Bréfritari: Sigríður Pálsdóttir
Viðtakandi: Páll Pálsson
Dagsetning: A-1863-01-14
Skrifað á: Breiðabólsstað  Rang.
Páll var bróðir Sigríðar

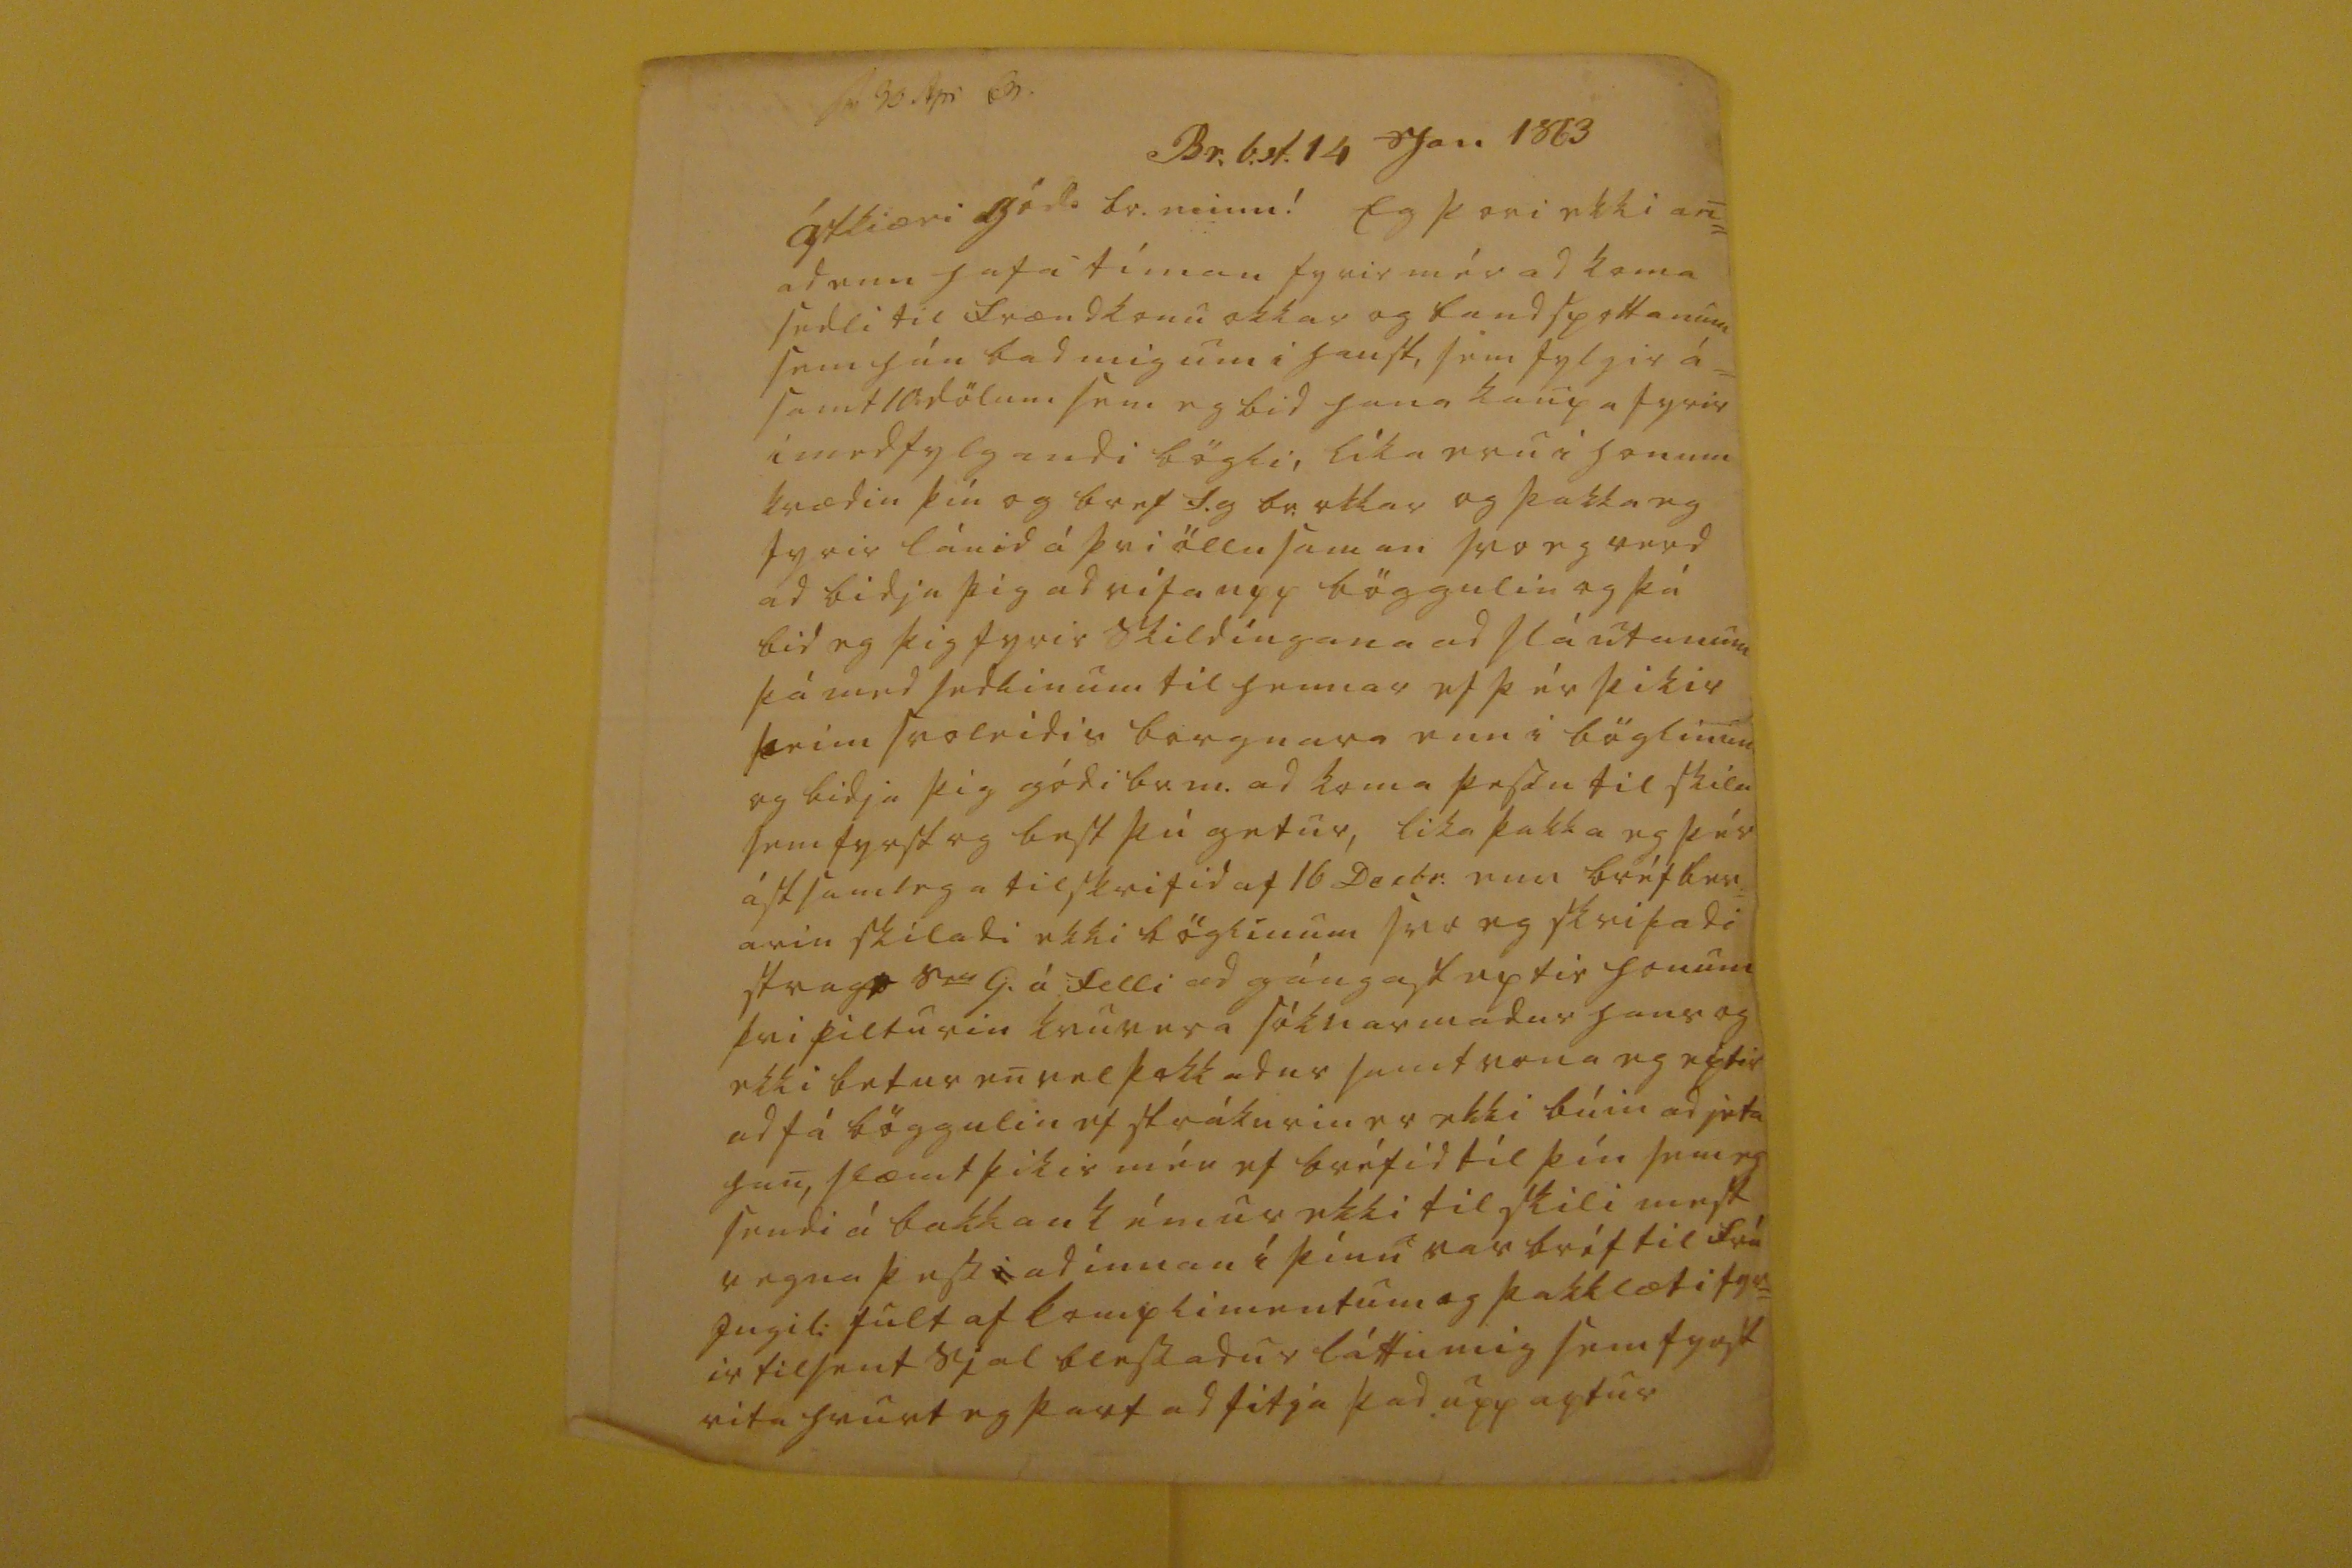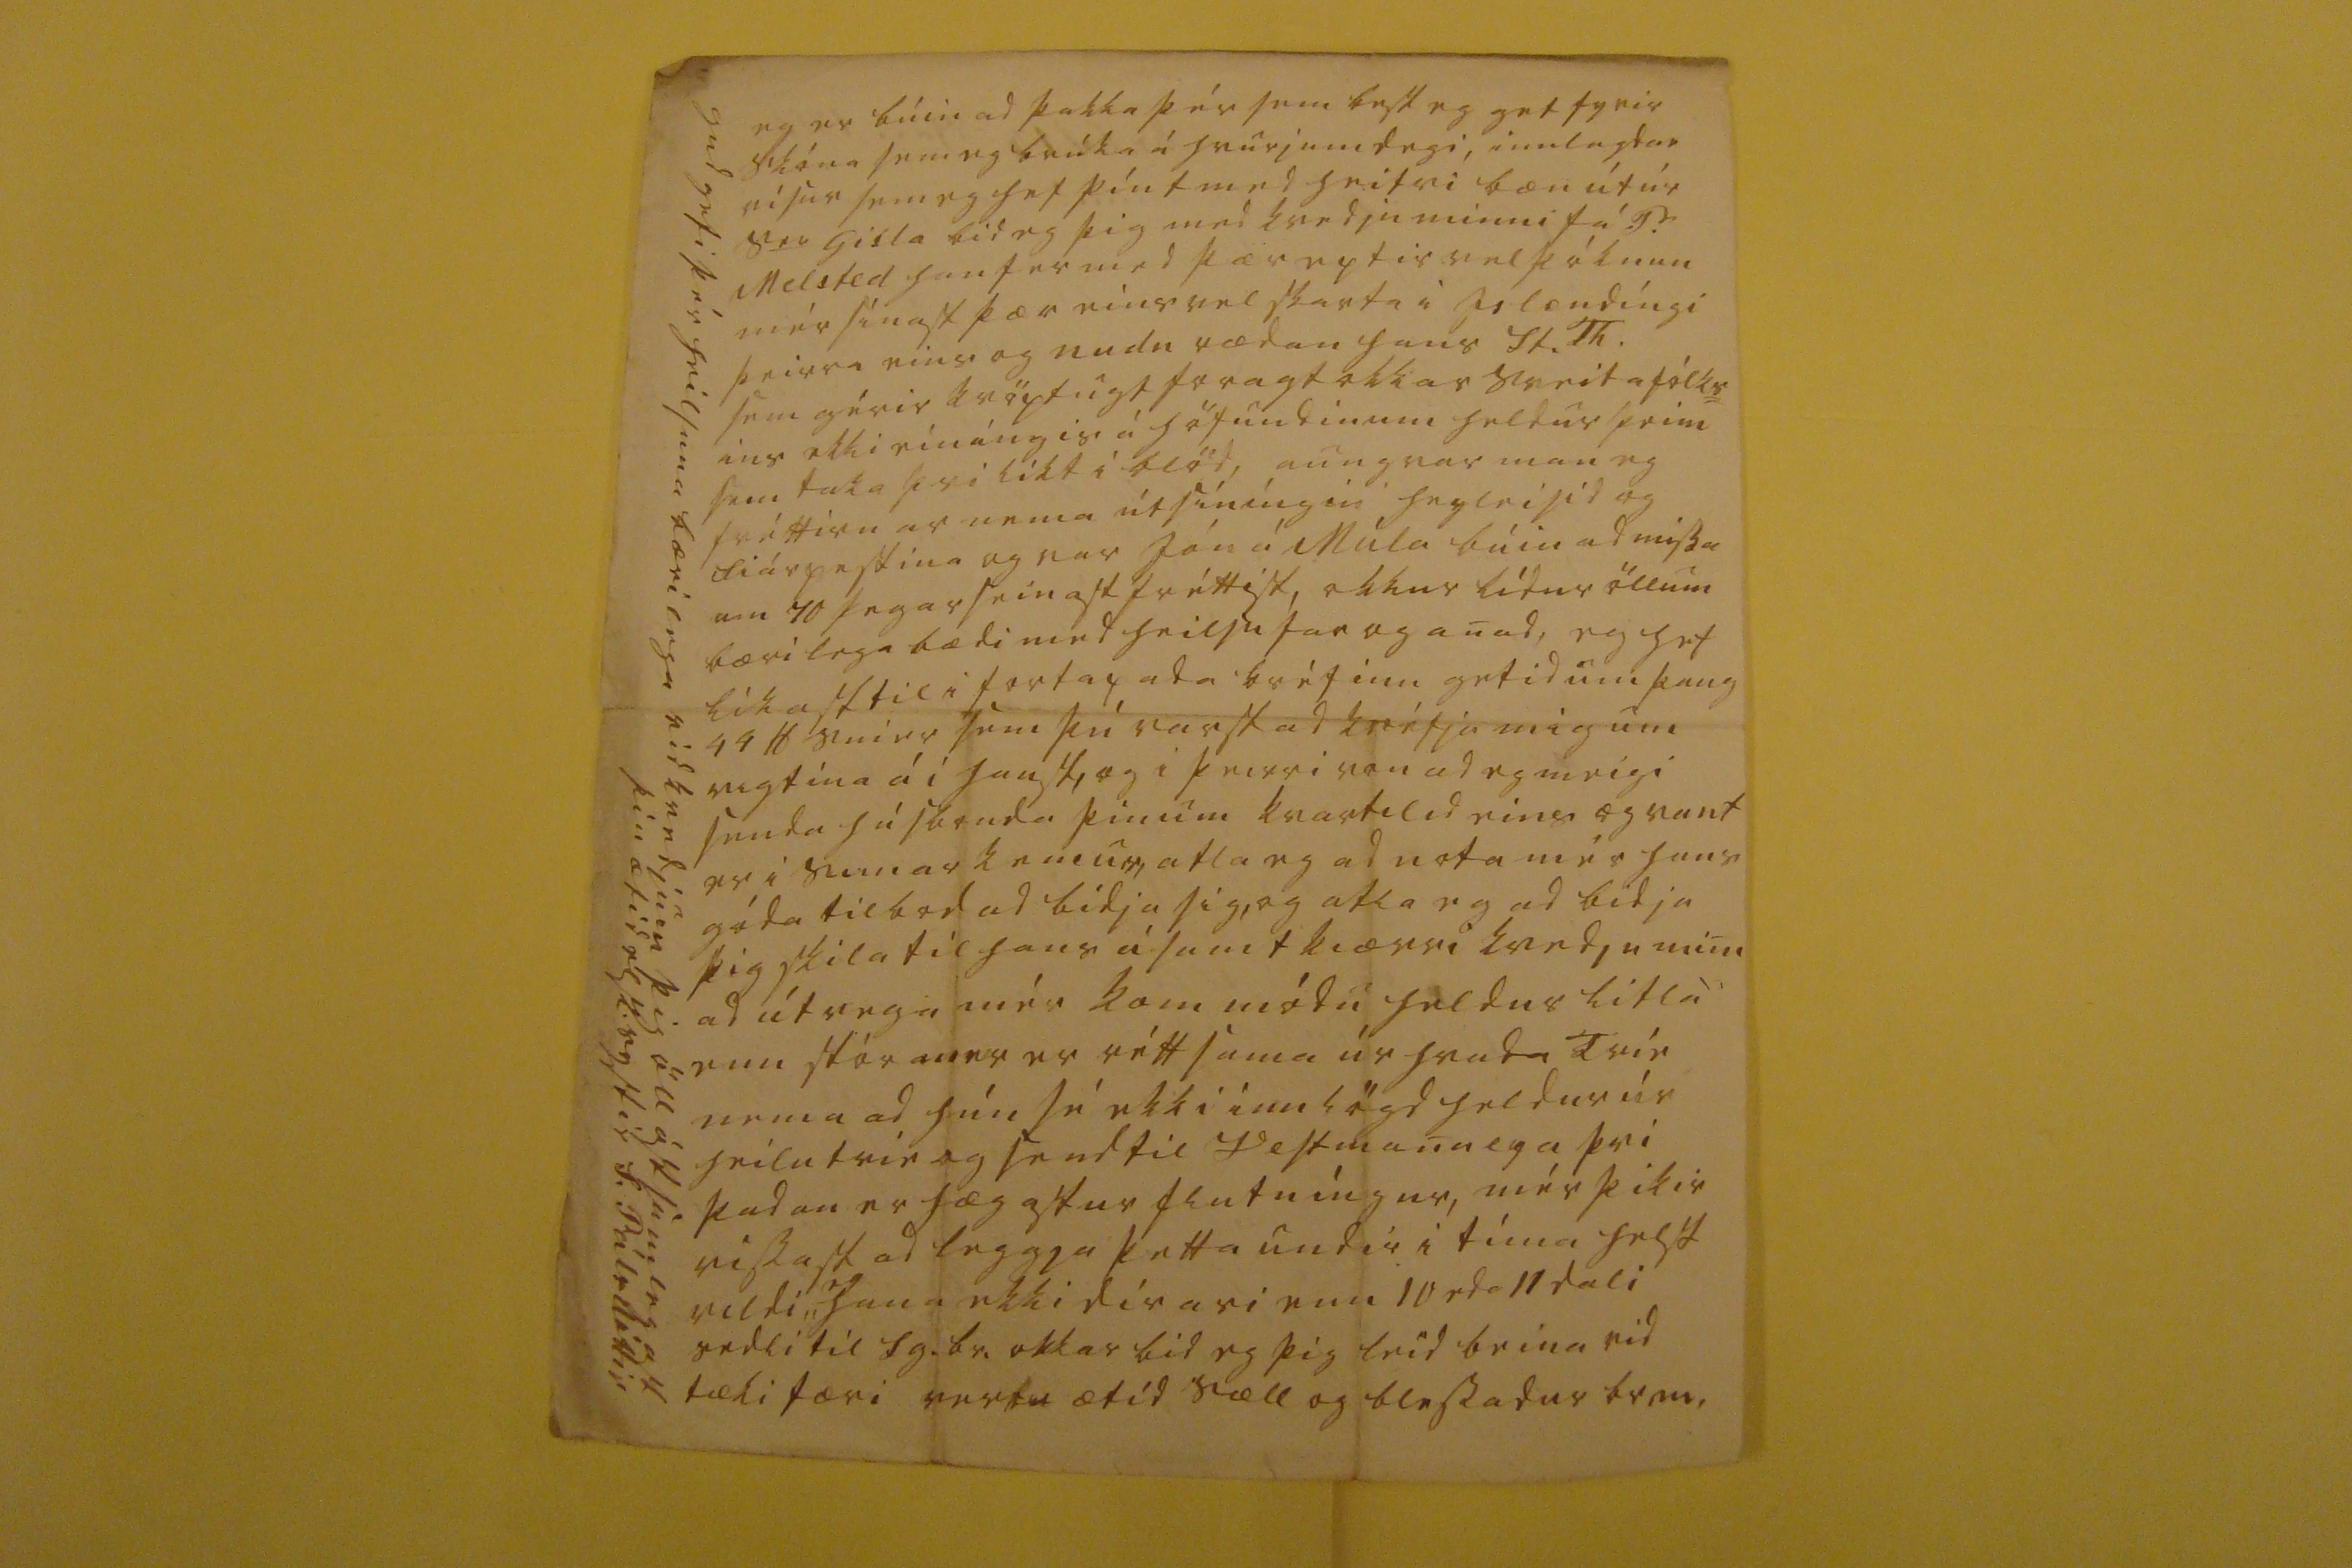

sv 30 Apr 63
Br.b.st. 14 Jan 1863
ástkiæri gódi br. minn!
Eg þori ekki an= ad enn hafa tíman fyrir mér ad koma sedli til frændkonu okkar og bandspottanum sem hún bad mig um i haust, sem fylgir á= samt 10 dölum sem eg bid hana kaupa fyrir i medfylgandi bögli, líka eru i honum kvædin þín og bref S.g br. okkar og þakka eg fyrir lánid á þvi öllu saman svo eg verd ad bidja þig ad rifa upp böggulin og þá bid eg þig fyrir skildíngana ad slá utanum þá med sedlinum til hennar ef þér þikir þeim svoleidis borgnara enn i bölinum og bidja þig gódi br.m. ad koma þessu til skila sem fyrst og best þú getur, lika þakka eg þér ástsamlega tilskrifid af 16 Decbr. enn bréfber= arin skiladi ekki böglinum svo eg skrifadi strags s
er
G. á Felli ad gángast eptir honum þvi pilturin
kvur er a
sóknarmadur hans og ekki betur en velþokkadur samt vona eg eptir ad fá böggulin ef strákurin er ekki búin ad jeta han, slæmt þikir mér ef bréfid til þín sem eg sendi á bakkan kémur ekki til skili mest vegna þess ad innan i þínu var bréf til frú Ingil: fult af komplimentum og þakklæti fyr= ir tilsent sjal blessadur láttu mig sem fyrst vita hvurt eg þarf ad fitja þad upp aptur
eg er búin ad þakka þér sem best eg get fyrir skóna sem eg brúka á hvurjum degi, innlagdar vísur sem eg hef pínt med heitri bæn út úr s
er
Gisla bid eg þig med kvedju minni fá P. Melsted han fer med þær eptir vel þóknun mér sínast þær eins vel skarta i islendíngi þeirra eins og
nudu
rædan hans St. Th. sem gérir kröptugt foragt okkar sveitafólks= ins ekki einúngis á höfundinum heldur þeim sem taka þvi líkt í blöd, aungvar man eg fréttirnar nema útsíníngin hugleisid og fiárpestina og var Jón á Múla búin ad missa um 70 þegar seinast fréttist, okkur lídur öllum bærilega bædi med heilsufar og anad, eg hef líkast til i fortapada bréfinu getid um þaug 44 lb smier sem þú varst ad
krefja
mig um vigtina á i haust, og i þeirri von ad eg meigi senda húsbonda þínum kvartilid eins og vant er i sumar kemur, atla eg ad nota mér hans góda tilbod ad bidja sig, og atla eg ad bidja þig skila til hans ásamt kiærri kvedju mini ad útvega mér kom módu heldur litla enn stóran er er rétt sama úr hvada Trie nema ad hún sé ekki innlögd heldur úr heilu trie og send til Vestmanaeya þvi þadan er hægastur flutníngur, mér þikir vissast ad leggja þetta undir i tíma helst vildi
eg
hana ekki dírari enn 10 eda 11 dali sedli til Sg.br. okkar bid eg þig leid beina vid tæki færi vertu ætíd sæll og blessadur br m.
gud gefi þér heilsuna bærilega vid kvedjum þig öll ástamlegast þín ætíd elsk. systir S. Pálsdóttir